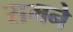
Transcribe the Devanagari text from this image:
रामने